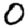
Digit: 0